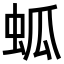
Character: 蛌